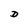
Character: D